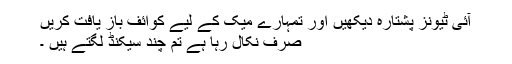
آئی ٹیونز پشتارہ دیکھیں اور تمہارے میک کے لیے کوائف باز یافت کریں
صرف نکال رہا ہے تم چند سیکنڈ لگتے ہیں ۔